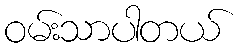
ဝမ်းသာပါတယ်